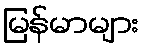
မြန်မာများ